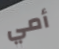
أمي